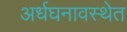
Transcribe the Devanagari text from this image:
अर्धघनावस्थेत